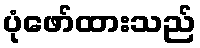
ပုံဖော်ထားသည်